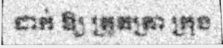
ដាក់ ឱ្យ ត្រួតត្រា ក្រុង